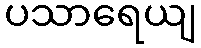
ပသာရေယျ